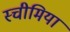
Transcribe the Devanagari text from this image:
स्चीमिया